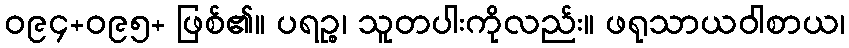
ဝ၉၄+ဝ၉၅+ ဖြစ်၏။ ပရဉ္စ၊ သူတပါးကိုလည်း။ ဖရုသာယဝါစာယ၊